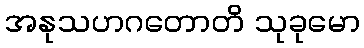
အနုသဟဂတောတိ သုခုမော